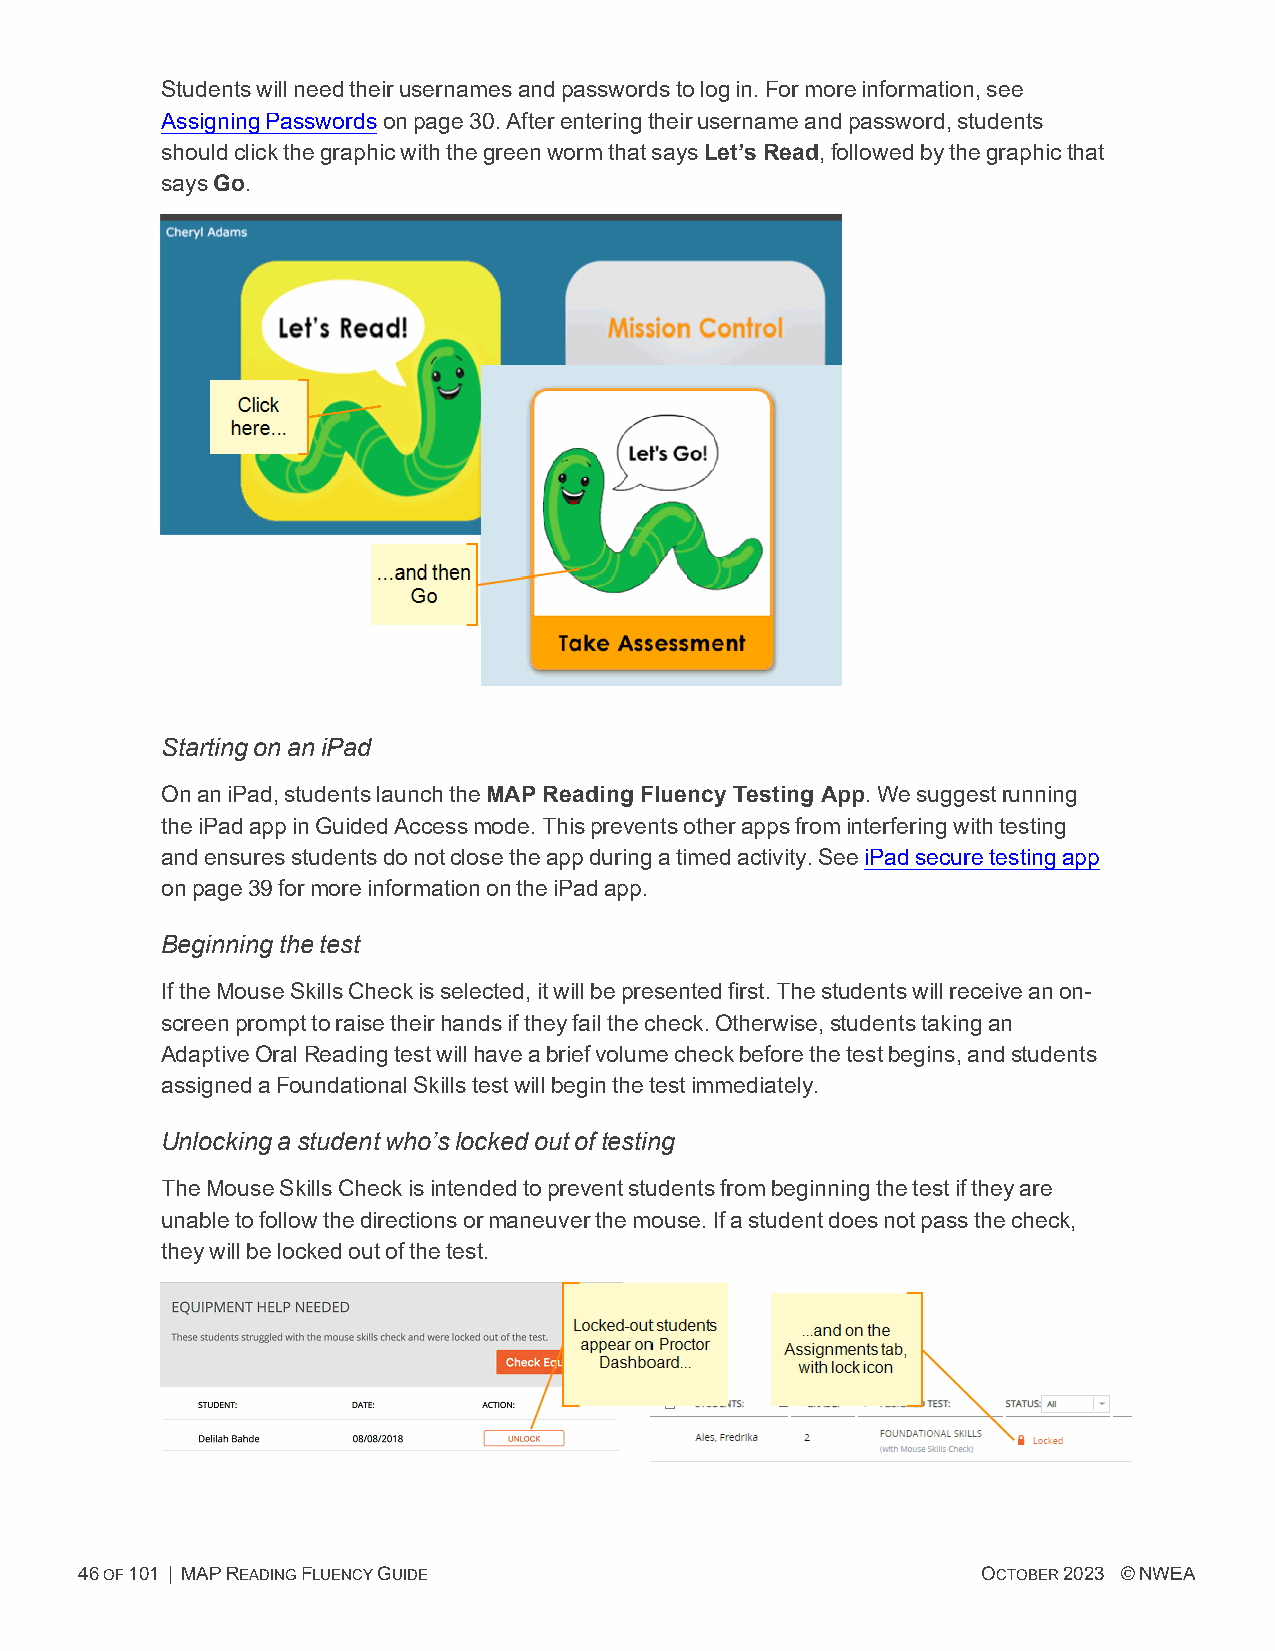
Studentswillneedtheirusernamesandpasswordstologin.Formoreinformation,see
 AssigningPasswordsonpage30.Afterenteringtheirusernameandpassword,students
 shouldclickthegraphicwiththegreenwormthatsaysLet’s Read,followedbythegraphicthat
 saysGo.
 StartingonaniPad
 OnaniPad,studentslaunchtheMAP Reading Fluency Testing App.Wesuggestrunning
 theiPadappinGuidedAccessmode.Thispreventsotherappsfrominterferingwithtesting
 andensuresstudentsdonotclosetheappduringatimedactivity.SeeiPadsecuretestingapp
 onpage39formoreinformationontheiPadapp.
 Beginningthetest
 IftheMouseSkillsCheckisselected,itwillbepresentedfirst.Thestudentswillreceiveanon-
 screenprompttoraisetheirhandsiftheyfailthecheck.Otherwise,studentstakingan
 AdaptiveOralReadingtestwillhaveabriefvolumecheckbeforethetestbegins,andstudents
 assignedaFoundationalSkillstestwillbeginthetestimmediately.
 Unlockingastudentwho’slockedoutoftesting
 TheMouseSkillsCheckisintendedtopreventstudentsfrombeginningthetestiftheyare
 unabletofollowthedirectionsormaneuverthemouse.Ifastudentdoesnotpassthecheck,
 theywillbelockedoutofthetest.
 46OF101 | MAPREADINGFLUENCYGUIDE                            OCTOBER2023 ©NWEA